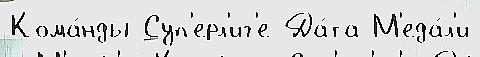
Кома́нды Суп'ерл'иг'е Да́та М'еда́л'и